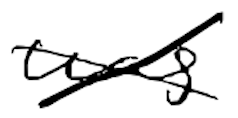
Text: was
Cross-out: cross
Writing tool: digital_black